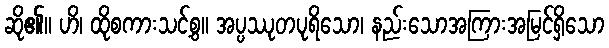
ဆို၏။ ဟိ၊ ထိုစကားသင့်စွ။ အပ္ပဿုတပုရိသော၊ နည်းသောအကြားအမြင်ရှိသော